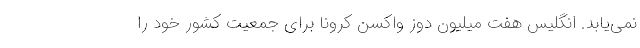
نمی‌یابد. انگلیس هفت میلیون دوز واکسن کرونا برای جمعیت کشور خود را